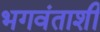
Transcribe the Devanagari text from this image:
भगवंताशी